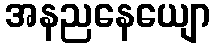
အနညနေယျော